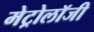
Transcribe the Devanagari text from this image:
मेट्रोलॉजी